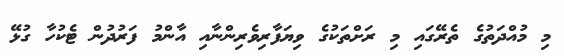
މި މުއްދަތުގެ ތެރޭގައި މި ރަށްތަކުގެ ވިޔަފާރިވެރިންނާއި އާންމު ފަރުދުން ޓެކުހާ ގުޅޭ